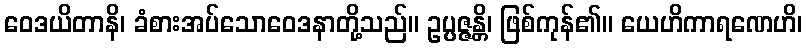
ဝေဒယိတာနိ၊ ခံစားအပ်သောဝေဒနာတို့သည်။ ဥပ္ပဇ္ဇန္တိ၊ ဖြစ်ကုန်၏။ ယေဟိကာရဏေဟိ၊